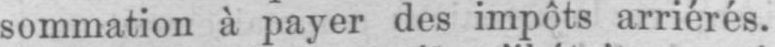
sommation à payer des impôts arriérés.